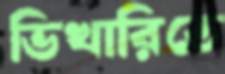
ভিখারিতে